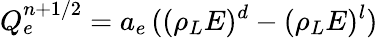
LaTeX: {Q}_{e}^{n+1/2}=a_{e}\, ((\rho_{L}E)^{d}-(\rho_{L}E)^{l})